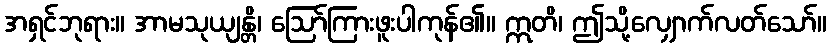
အရှင်ဘုရား။ အာမသုယျန္တိ၊ ဩော်ကြားဖူးပါကုန်၏။ ဣတိ၊ ဤသို့လျှောက်လတ်သော်။